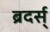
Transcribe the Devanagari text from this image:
ब्रदर्स्